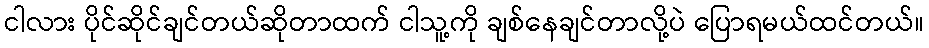
ငါလား ပိုင်ဆိုင်ချင်တယ်ဆိုတာထက် ငါသူ့ကို ချစ်နေချင်တာလို့ပဲ ပြောရမယ်ထင်တယ်။